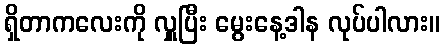
ရှိတာကလေးကို လှူပြီး မွေးနေ့ဒါန လုပ်ပါလား။